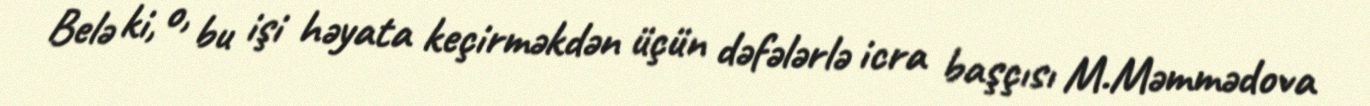
Belə ki, o, bu işi həyata keçirməkdən üçün dəfələrlə icra başçısı M.Məmmədova